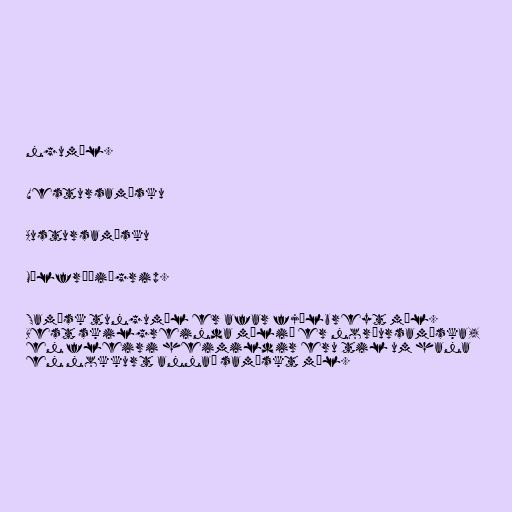
ngumál.

Vestursamísku

Austursamísku

Málfræðiágrip.

Samísk tungumál er afar fjölbreyt mál.
Best skilgreinda málið er norðursamíska,
en fleiri heimildir eru til um hana
en nokkurt annað samískt mál.